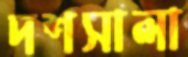
দশসালা